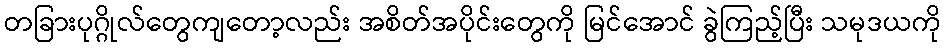
တခြားပုဂ္ဂိုလ်တွေကျတော့လည်း အစိတ်အပိုင်းတွေကို မြင်အောင် ခွဲကြည့်ပြီး သမုဒယကို